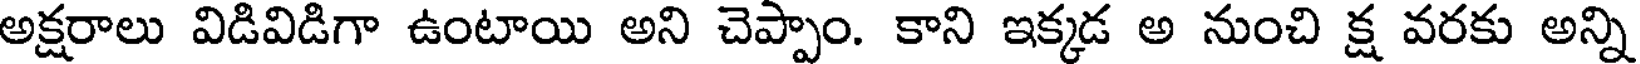
అక్షరాలు విడివిడిగా ఉంటాయి అని చెప్పాం. కాని ఇక్కడ అ నుంచి క్ష వరకు అన్ని